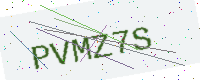
Text: PVMZ7S